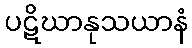
ပဋိဃာနုသယာနံ